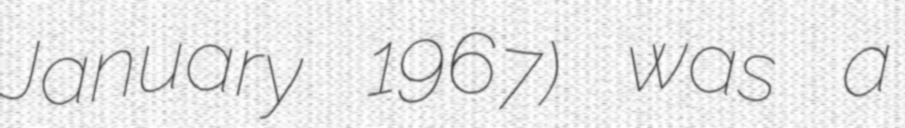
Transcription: January 1967) was a